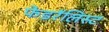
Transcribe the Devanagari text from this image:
फेडरॅलिस्ट